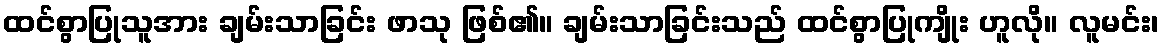
ထင်စွာပြုသူအား ချမ်းသာခြင်း ဖာသု ဖြစ်၏။ ချမ်းသာခြင်းသည် ထင်စွာပြုကျိုး ဟူလို။ လူမင်း၊